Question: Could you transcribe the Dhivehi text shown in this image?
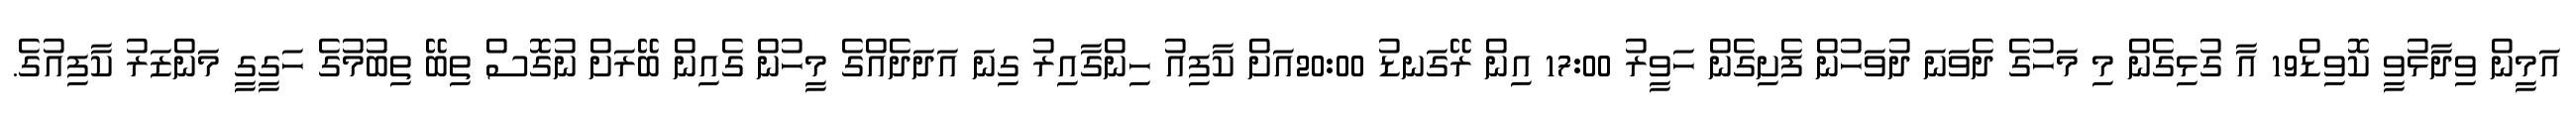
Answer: އަމީން ވިދާޅުވީ ކޮވިޑް19 އާ ގުޅިގެން މި މަހުގެ ދެވަނަ ދުވަހުން ފެށިގެން ހަވީރު 17:00 އިން ރޭގަނޑު 20:00އަށް ކާފިއު ހިންގާއިރު ގިނަ އަދަދެއްގެ މީހުން ގެއިން ބޭރަށް ނުގޮސް ތިބޭ ތިބުމުގެ ހަގީގީ މަންޒަރު ކާފިއުގެ.